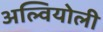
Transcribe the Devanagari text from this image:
अल्वियोली